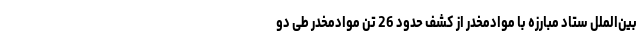
بین‌الملل ستاد مبارزه با موادمخدر از کشف حدود 26 تن موادمخدر طی دو